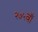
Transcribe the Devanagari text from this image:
२७५वाँ